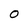
Character: O